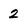
Character: 2